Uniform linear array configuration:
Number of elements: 24
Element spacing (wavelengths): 0.5
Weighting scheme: blackman
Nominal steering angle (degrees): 0
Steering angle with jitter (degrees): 0.7621
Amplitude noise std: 0.05
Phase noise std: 0.05

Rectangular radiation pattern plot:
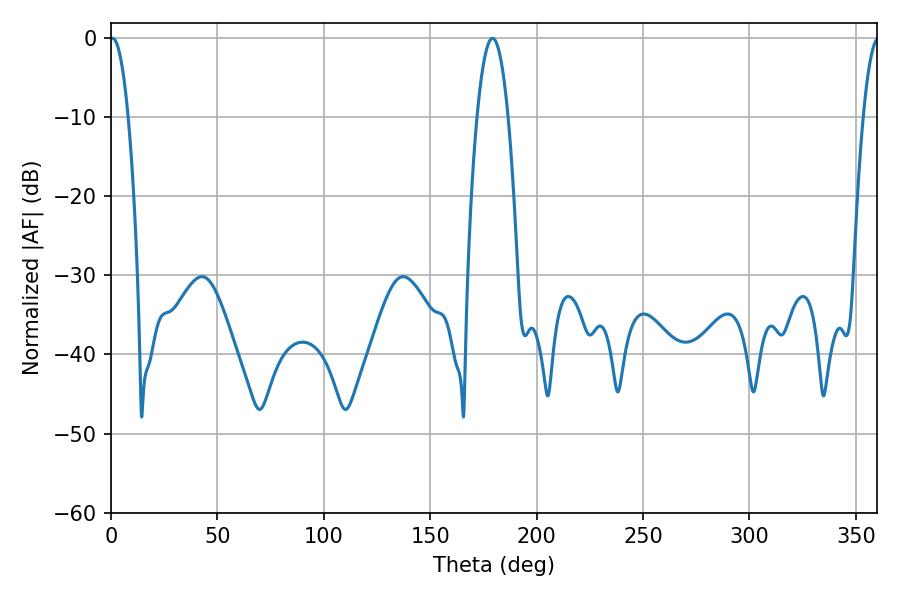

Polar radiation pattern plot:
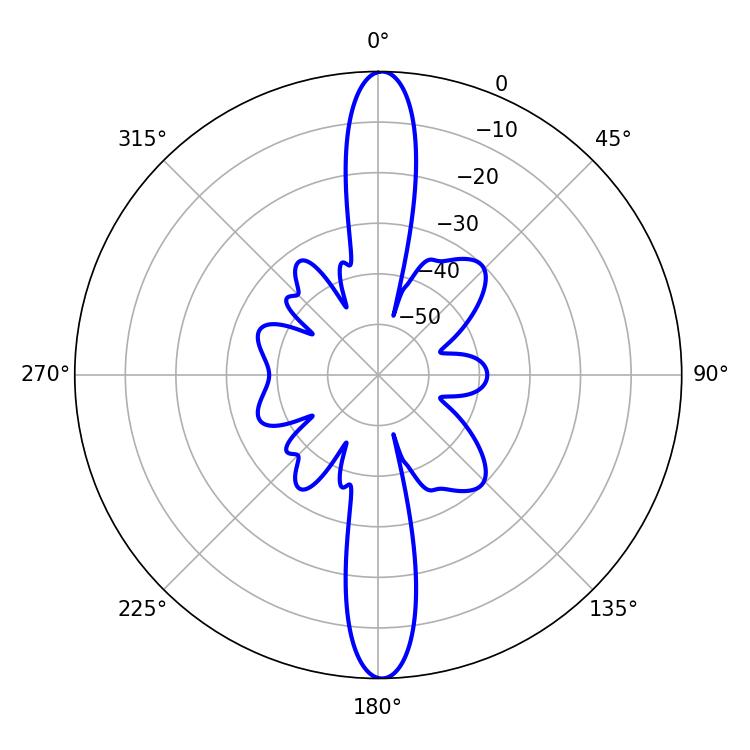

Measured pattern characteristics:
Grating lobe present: FALSE
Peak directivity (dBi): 27.031
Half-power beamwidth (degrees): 4.68
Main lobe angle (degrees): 0.72